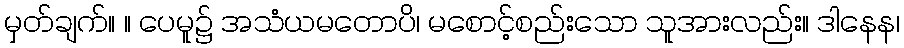
မှတ်ချက်။ ။ ပေမူ၌ အသံယမတောပိ၊ မစောင့်စည်းသော သူအားလည်း။ ဒါနေန၊